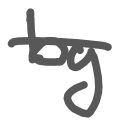
Text: by
Cross-out: single-line
Writing tool: digital_gray